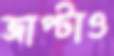
জাপ্‌টাও